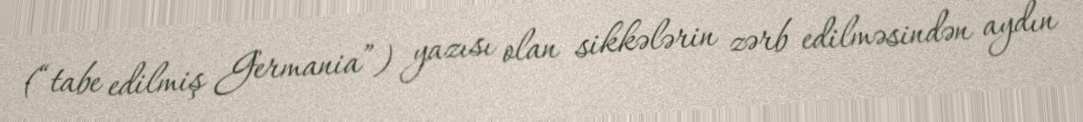
(“tabe edilmiş Germania”) yazısı olan sikkələrin zərb edilməsindən aydın